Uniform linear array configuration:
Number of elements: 4
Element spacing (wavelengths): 1
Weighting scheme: blackman
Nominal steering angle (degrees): -15
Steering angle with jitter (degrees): -15.06
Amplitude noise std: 0.05
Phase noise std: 0.05

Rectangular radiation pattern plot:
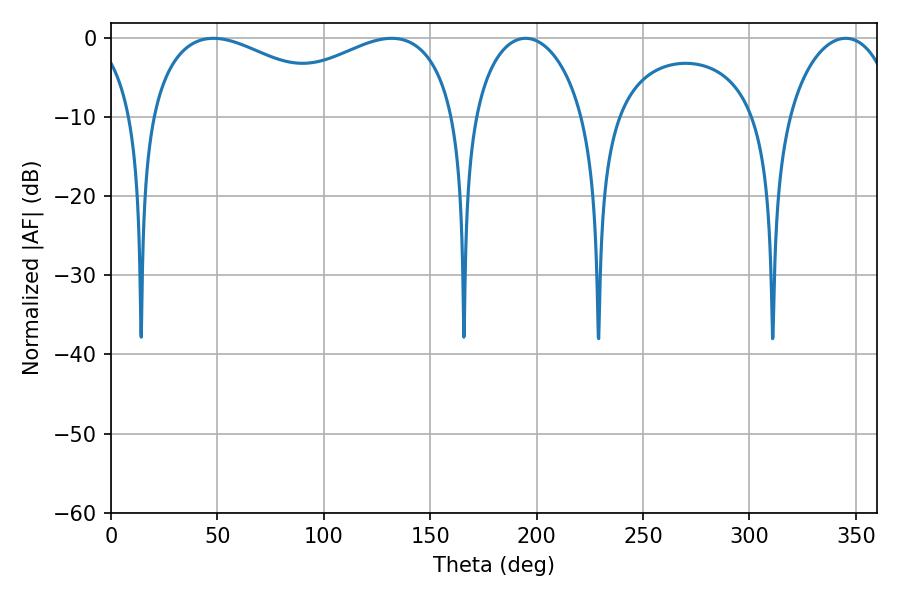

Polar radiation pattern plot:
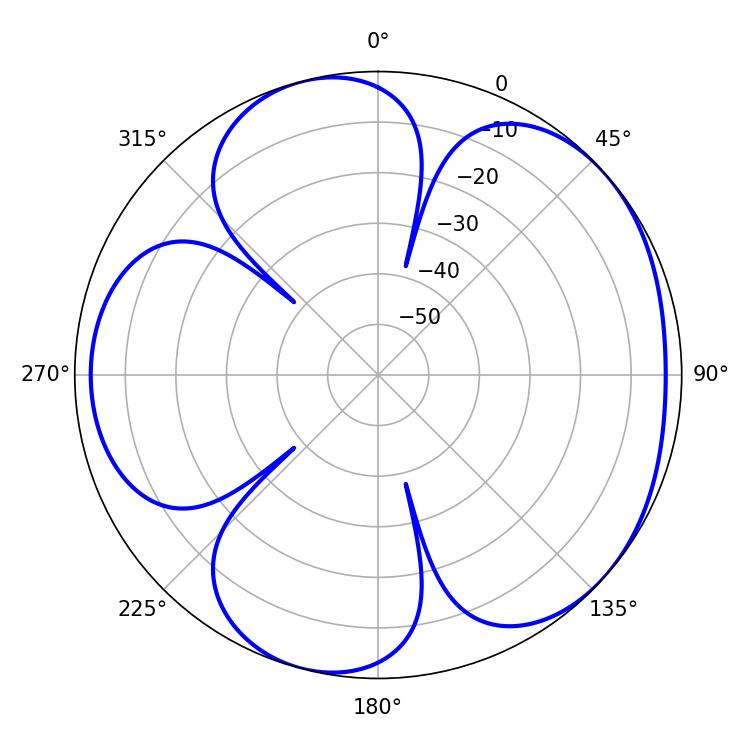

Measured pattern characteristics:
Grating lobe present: TRUE
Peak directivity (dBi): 4.771
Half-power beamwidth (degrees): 54.18
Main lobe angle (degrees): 48.06